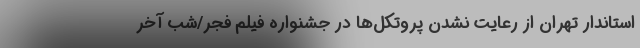
استاندار تهران از رعایت نشدن پروتکل‌ها در جشنواره فیلم فجر/شب آخر